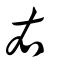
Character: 右